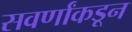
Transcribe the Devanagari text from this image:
सवर्णांकडून